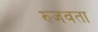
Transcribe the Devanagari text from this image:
रुजवता